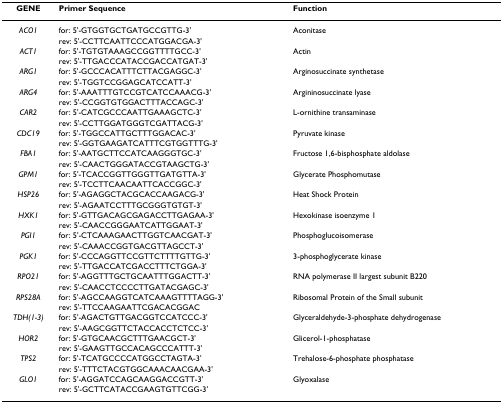
<table><thead><tr><td><b>GENE</b></td><td><b>Primer Sequence</b></td><td><b>Function</b></td></tr></thead><tbody><tr><td><i>ACO1</i></td><td>for: 5&#x27;-GTGGTGCTGATGCCGTTG-3&#x27;</td><td>Aconitase</td></tr><tr><td></td><td>rev: 5&#x27;-CCTTCAATTCCCATGGACGA-3&#x27;</td><td></td></tr><tr><td><i>ACT1</i></td><td>for: 5&#x27;-TGTGTAAAGCCGGTTTTGCC-3&#x27;</td><td>Actin</td></tr><tr><td></td><td>rev: 5&#x27;-TTGACCCATACCGACCATGAT-3&#x27;</td><td></td></tr><tr><td><i>ARG1</i></td><td>for: 5&#x27;-GCCCACATTTCTTACGAGGC-3&#x27;</td><td>Arginosuccinate synthetase</td></tr><tr><td></td><td>rev: 5&#x27;-TGGTCCGGAGCATCCATT-3&#x27;</td><td></td></tr><tr><td><i>ARG4</i></td><td>for: 5&#x27;-AAATTTGTCCGTCATCCAAACG-3&#x27;</td><td>Argininosuccinate lyase</td></tr><tr><td></td><td>rev: 5&#x27;-CCGGTGTGGACTTTACCAGC-3&#x27;</td><td></td></tr><tr><td><i>CAR2</i></td><td>for: 5&#x27;-CATCGCCCAATTGAAAGCTC-3&#x27;</td><td>L-ornithine transaminase</td></tr><tr><td></td><td>rev: 5&#x27;-CCTTGGATGGGTCGATTACG-3&#x27;</td><td></td></tr><tr><td><i>CDC19</i></td><td>for: 5&#x27;-TGGCCATTGCTTTGGACAC-3&#x27;</td><td>Pyruvate kinase</td></tr><tr><td></td><td>rev: 5&#x27;-GGTGAAGATCATTTCGTGGTTTG-3&#x27;</td><td></td></tr><tr><td><i>FBA1</i></td><td>for: 5&#x27;-AATGCTTCCATCAAGGGTGC-3&#x27;</td><td>Fructose 1,6-bisphosphate aldolase</td></tr><tr><td></td><td>rev: 5&#x27;-CAACTGGGATACCGTAAGCTG-3&#x27;</td><td></td></tr><tr><td><i>GPM1</i></td><td>for: 5&#x27;-TCACCGGTTGGGTTGATGTTA-3&#x27;</td><td>Glycerate Phosphomutase</td></tr><tr><td></td><td>rev: 5&#x27;-TCCTTCAACAATTCACCGGC-3&#x27;</td><td></td></tr><tr><td><i>HSP26</i></td><td>for: 5&#x27;-AGAGGCTACGCACCAAGACG-3&#x27;</td><td>Heat Shock Protein</td></tr><tr><td></td><td>rev: 5&#x27;-AGAATCCTTTGCGGGTGTGT-3&#x27;</td><td></td></tr><tr><td><i>HXK1</i></td><td>for: 5&#x27;-GTTGACAGCGAGACCTTGAGAA-3&#x27;</td><td>Hexokinase isoenzyme 1</td></tr><tr><td></td><td>rev: 5&#x27;-CAACCGGGAATCATTGGAAT-3&#x27;</td><td></td></tr><tr><td><i>PGI1</i></td><td>for: 5&#x27;-CTCAAAGAACTTGGTCAACGAT-3&#x27;</td><td>Phosphoglucoisomerase</td></tr><tr><td></td><td>rev: 5&#x27;-CAAACCGGTGACGTTAGCCT-3&#x27;</td><td></td></tr><tr><td><i>PGK1</i></td><td>for: 5&#x27;-CCCAGGTTCCGTTCTTTTGTTG-3&#x27;</td><td>3-phosphoglycerate kinase</td></tr><tr><td></td><td>rev: 5&#x27;-TTGACCATCGACCTTTCTGGA-3&#x27;</td><td></td></tr><tr><td><i>RPO21</i></td><td>for: 5&#x27;-AGGTTTGCTGCAATTTGGACTT-3&#x27;</td><td>RNA polymerase II largest subunit B220</td></tr><tr><td></td><td>rev: 5&#x27;-CAACCTCCCCTTGATACGAGC-3&#x27;</td><td></td></tr><tr><td><i>RPS28A</i></td><td>for: 5&#x27;-AGCCAAGGTCATCAAAGTTTTAGG-3&#x27;</td><td>Ribosomal Protein of the Small subunit</td></tr><tr><td></td><td>rev: 5&#x27;-TTCCAAGAATTCGACACGGAC</td><td></td></tr><tr><td><i>TDH(1-3)</i></td><td>for: 5&#x27;-AGACTGTTGACGGTCCATCCC-3&#x27;</td><td>Glyceraldehyde-3-phosphate dehydrogenase</td></tr><tr><td></td><td>rev: 5&#x27;-AAGCGGTTCTACCACCTCTCC-3&#x27;</td><td></td></tr><tr><td><i>HOR2</i></td><td>for: 5&#x27;-GTGCAACGCTTTGAACGCT-3&#x27;</td><td>Glicerol-1-phosphatase</td></tr><tr><td></td><td>rev: 5&#x27;-GAAGTTGCCACAGCCCATTT-3&#x27;</td><td></td></tr><tr><td><i>TPS2</i></td><td>for: 5&#x27;-TCATGCCCCATGGCCTAGTA-3&#x27;</td><td>Trehalose-6-phosphate phosphatase</td></tr><tr><td></td><td>rev: 5&#x27;-TTTCTACGTGGCAAACAACGAA-3&#x27;</td><td></td></tr><tr><td><i>GLO1</i></td><td>for: 5&#x27;-AGGATCCAGCAAGGACCGTT-3&#x27;</td><td>Glyoxalase</td></tr><tr><td></td><td>rev: 5&#x27;-GCTTCATACCGAAGTGTTCGG-3&#x27;</td><td></td></tr></tbody></table>